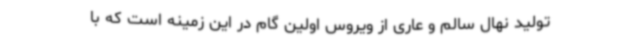
تولید نهال سالم و عاری از ویروس اولین گام در این زمینه است که با